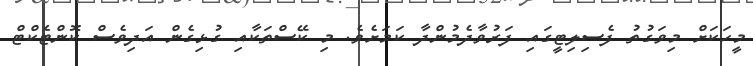
މީހަކަށް މިވަގުތު ފެސިލިޓީގައި ފަރުވާދެމުންދާ ކަމަށެވެ. މި ކޭސްތަކާއި ގުޅިގެން އަދިވެސް ކޮންޓެކްޓް